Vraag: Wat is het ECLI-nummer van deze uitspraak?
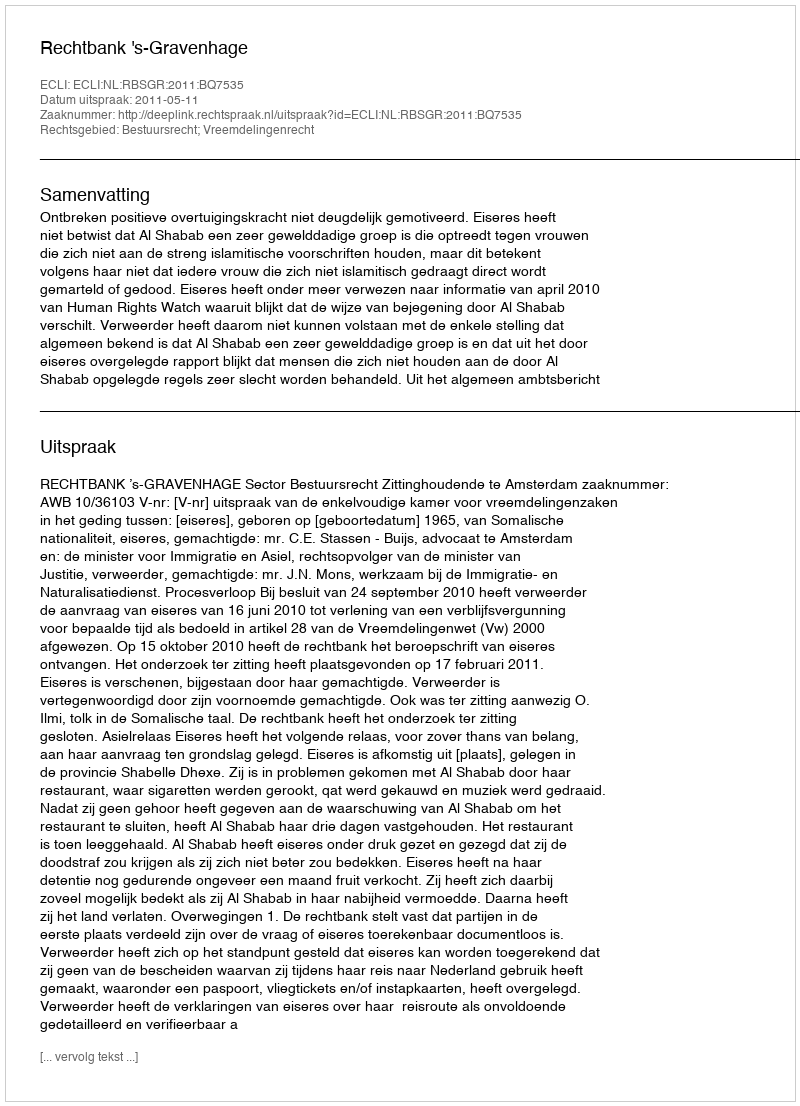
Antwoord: ECLI:NL:RBSGR:2011:BQ7535